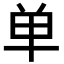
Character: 单